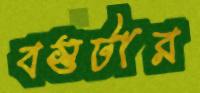
বস্তুটার